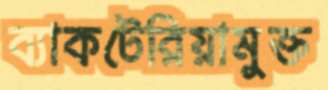
ব্যাকটেরিয়ামুক্ত